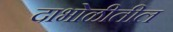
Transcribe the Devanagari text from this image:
दाभोळीतील